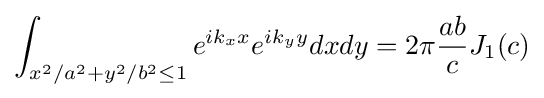
\int _{x^{2}/a^{2}+y^{2}/b^{2}\leq 1}e^{ik_{x}x}e^{ik_{y}y}dxdy=2\pi {\frac {ab}{c}}J_{1}(c)